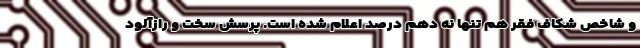
و شاخص شکاف فقر هم تنها نه دهم درصد اعلام شده است. پرسش سخت و رازآلود